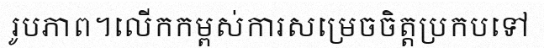
រូបភាព។លើកកម្ពស់ការសម្រេចចិត្តប្រកបទៅ